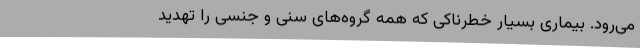
می‌رود. بیماری بسیار خطرناکی که همه گروه‌های سنی و جنسی را تهدید